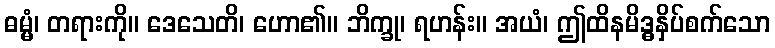
ဓမ္မံ၊ တရားကို။ ဒေသေတိ၊ ဟော၏။ ဘိက္ခု၊ ရဟန်း။ အယံ၊ ဤထိနမိဒ္ဓနှိပ်စက်သော